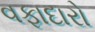
વફાદારો